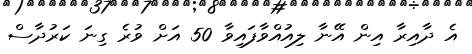
އެ ދާއިރާ އިން އޭނާ ލިއުއްވާފައިވާ 50 އަށް ވުރެ ގިނަ ކަރުދާސް